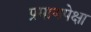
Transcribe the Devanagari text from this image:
प्रमाणपेक्षा